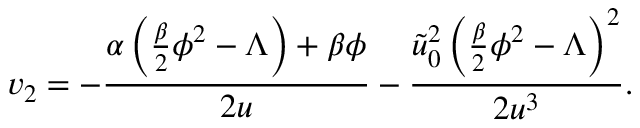
v _ { 2 } = - \frac { \alpha \left( \frac { \beta } { 2 } \phi ^ { 2 } - \Lambda \right) + \beta \phi } { 2 u } - \frac { \tilde { u } _ { 0 } ^ { 2 } \left( \frac { \beta } { 2 } \phi ^ { 2 } - \Lambda \right) ^ { 2 } } { 2 u ^ { 3 } } .